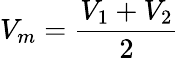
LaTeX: V_{m}=\frac{V_{1}+V_{2}}{2}